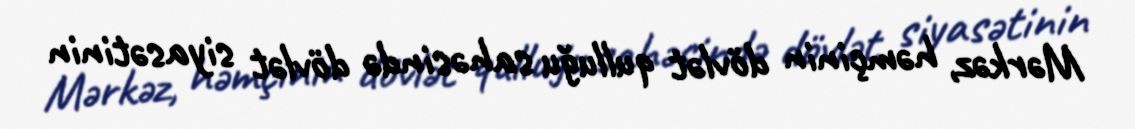
Mərkəz, həmçinin dövlət qulluğu sahəsində dövlət siyasətinin